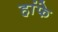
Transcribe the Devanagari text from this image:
हांफे